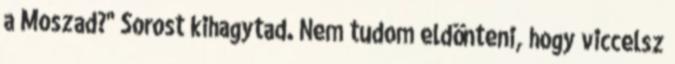
a Moszad?" Sorost kihagytad. Nem tudom eldönteni, hogy viccelsz